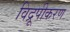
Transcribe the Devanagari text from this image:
विद्रूपीकरण